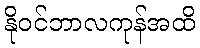
နိုဝင်ဘာလကုန်အထိ